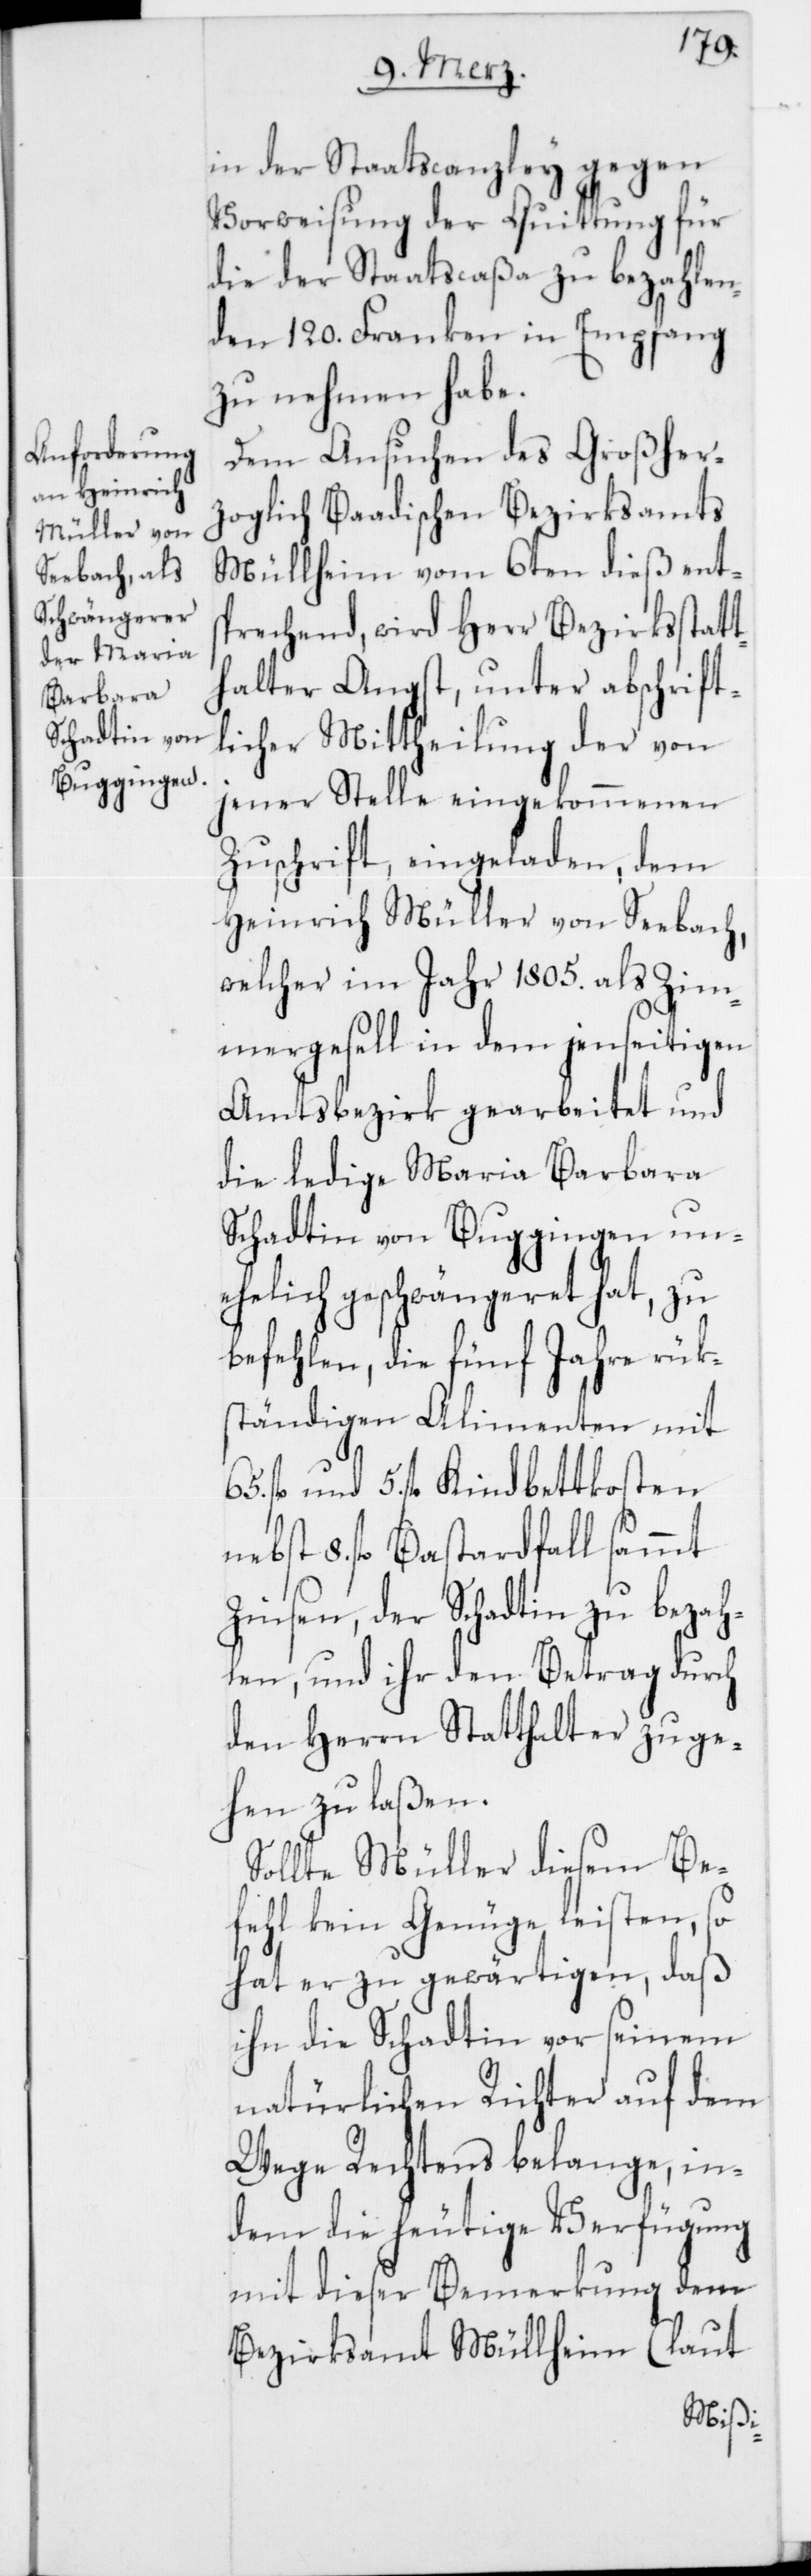
in der Staatscanzley gegen
Vorweisung der Quittung für
die der Staatscaßa zu bezahlen¬
den 120. Franken in Empfang
zu nehmen habe.
Dem Ansuchen des Großher¬
zoglich Baadischen Bezirksamts
Müllheim vom 6ten dieß ents¬
prechend, wird Herr Bezirksstatt¬
halter Angst, unter abschrift¬
licher Mittheilung der von
jener Stelle eingekommenen
Zuschrift, eingeladen, dem
Heinrich Müller von Seebach,
welcher im Jahr 1805. als Zim¬
mergesell in dem jenseitigen
Amtsbezirk gearbeitet und
die ledige Maria Barbara
Schadtin von Buggingen un¬
ehelich geschwängeret hat, zu
befehlen, die fünf Jahre rük¬
ständigen Alimenten mit
und 5. fl. Kindbettkosten
nebst 8. fl. Bastardfall sammt
Zinsen, der Schadtin zu bezah¬
len, und ihr den Betrag durch
den Herrn Statthalter zuge¬
hen zu laßen.
Sollte Müller diesem Be¬
fehl kein Genüge leisten, so
hat er zu gewärtigen, daß
ihn die Schadtin vor seinem
natürlichen Richter auf dem
Wege Rechtens belange, in¬
dem die heutige Verfügung
mit dieser Bemerkung dem
Bezirksamt Müllheim (laut